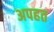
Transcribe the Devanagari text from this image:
अपहत